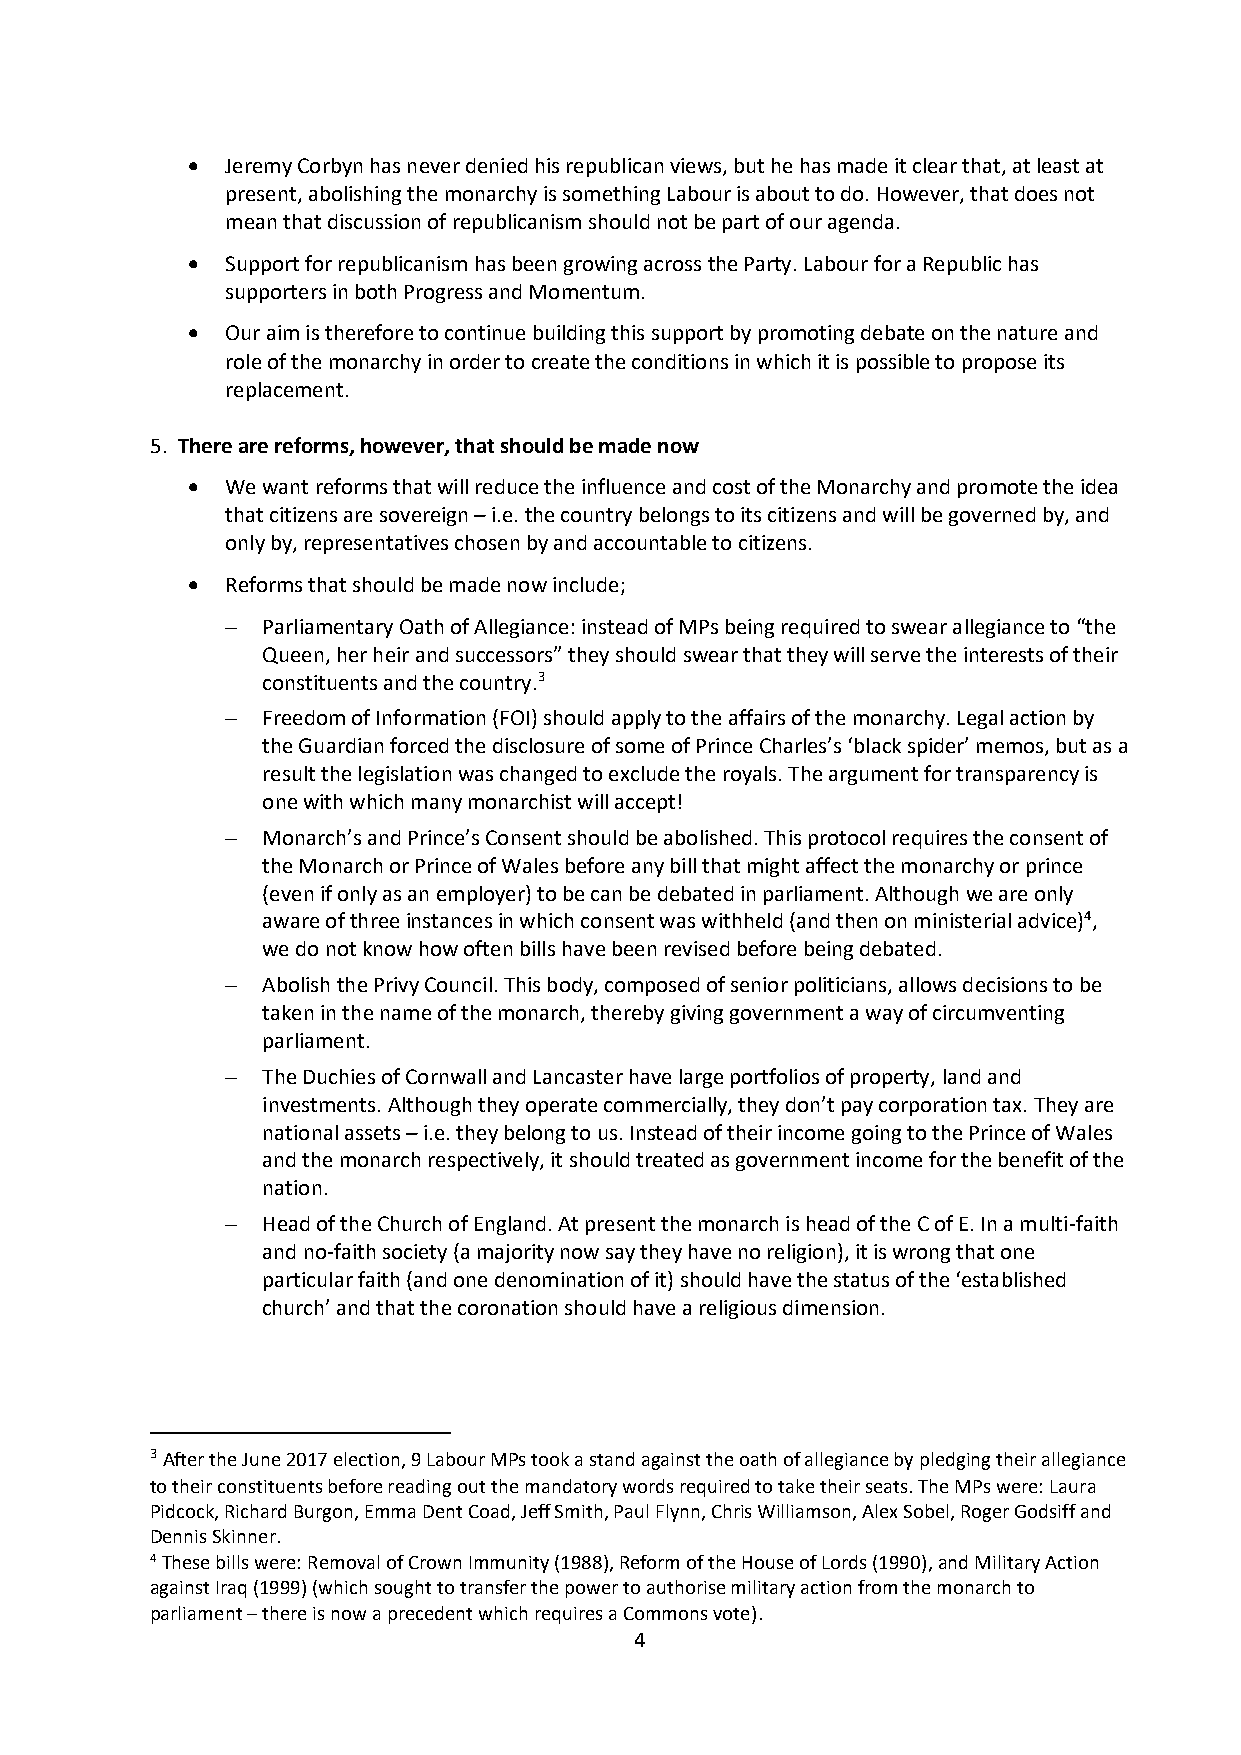
  Jeremy Corbyn has never denied his republican views, but he has made it clear that, at least at
 present, abolishing the monarchy is something Labour is about to do. However, that does not
 mean that discussion of republicanism should not be part of our agenda.
   Support for republicanism has been growing across the Party. Labour for a Republic has
 supporters in both Progress and Momentum.
   Our aim is therefore to continue building this support by promoting debate on the nature and
 role of the monarchy in order to create the conditions in which it is possible to propose its
 replacement.
 5. There are reforms, however, that should be made now
   We want reforms that will reduce the influence and cost of the Monarchy and promote the idea
 that citizens are sovereign – i.e. the country belongs to its citizens and will be governed by, and
 only by, representatives chosen by and accountable to citizens.
   Reforms that should be made now include;
  Parliamentary Oath of Allegiance: instead of MPs being required to swear allegiance to “the
 Queen, her heir and successors” they should swear that they will serve the interests of their
 constituents and the country.3
  Freedom of Information (FOI) should apply to the affairs of the monarchy. Legal action by
 the Guardian forced the disclosure of some of Prince Charles’s ‘black spider’ memos, but as a
 result the legislation was changed to exclude the royals. The argument for transparency is
 one with which many monarchist will accept!
  Monarch’s and Prince’s Consent should be abolished. This protocol requires the consent of
 the Monarch or Prince of Wales before any bill that might affect the monarchy or prince
 (even if only as an employer) to be can be debated in parliament. Although we are only
 aware of three instances in which consent was withheld (and then on ministerial advice)4,
 we do not know how often bills have been revised before being debated.
  Abolish the Privy Council. This body, composed of senior politicians, allows decisions to be
 taken in the name of the monarch, thereby giving government a way of circumventing
 parliament.
  The Duchies of Cornwall and Lancaster have large portfolios of property, land and
 investments. Although they operate commercially, they don’t pay corporation tax. They are
 national assets – i.e. they belong to us. Instead of their income going to the Prince of Wales
 and the monarch respectively, it should treated as government income for the benefit of the
 nation.
  Head of the Church of England. At present the monarch is head of the C of E. In a multi-faith
 and no-faith society (a majority now say they have no religion), it is wrong that one
 particular faith (and one denomination of it) should have the status of the ‘established
 church’ and that the coronation should have a religious dimension.
 3 After the June 2017 election, 9 Labour MPs took a stand against the oath of allegiance by pledging their allegiance
 to their constituents before reading out the mandatory words required to take their seats. The MPs were: Laura
 Pidcock, Richard Burgon, Emma Dent Coad, Jeff Smith, Paul Flynn, Chris Williamson, Alex Sobel, Roger Godsiff and
 Dennis Skinner.
 4 These bills were: Removal of Crown Immunity (1988), Reform of the House of Lords (1990), and Military Action
 against Iraq (1999) (which sought to transfer the power to authorise military action from the monarch to
 parliament – there is now a precedent which requires a Commons vote).
 4